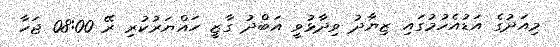
މިއަދުގެ އަޑުއެހުމުގައި ޒިޔާދު ވިދާޅުވީ އަބްދު ގާޒީ ހައްޔަަރުކުރި ރޭ 08:00 ޖަހާ